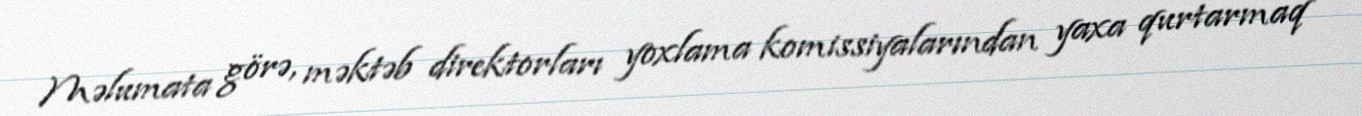
Məlumata görə, məktəb direktorları yoxlama komissiyalarından yaxa qurtarmaq